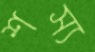
শস্য